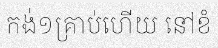
កង់១គ្រាប់ហើយ នៅខំ